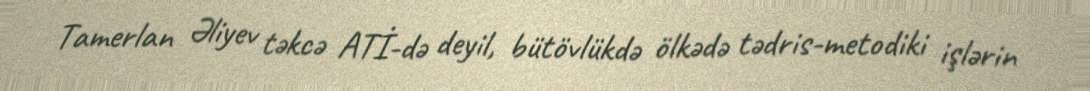
Tamerlan Əliyev təkcə ATİ-də deyil, bütövlükdə ölkədə tədris-metodiki işlərin